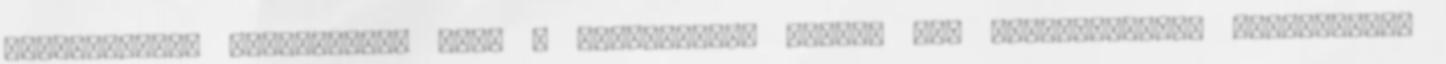
szerződésben szerepelnie kell a tanúsítvány egyedi HET Hietelesített Energetikai